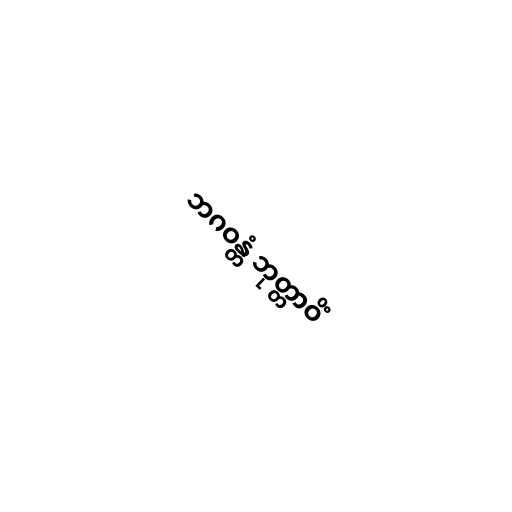
ဘဂဝန္တံ ဘုတ္တာဝိံ